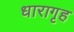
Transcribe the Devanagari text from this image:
धारागृह